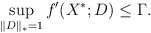
\begin{align*}\sup_{\|D\|_*=1}f'(X^*;D)\le\Gamma.\end{align*}